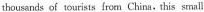
thousands of tourists form China.this small